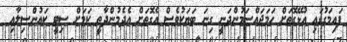
ފައިމަގުގައި އުޅޭގޮތަށް ހަމަޖައްސަމުންދަނީ ގިނަ ބަޔަކުވެސް އެގޮތަށް އެދެމުންދާތީ ކަމަށް ސިޓީ ކައުންސިލާއި